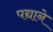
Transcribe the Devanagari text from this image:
पद्याने